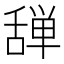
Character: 𰰆